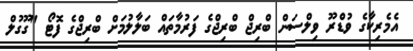
އެމެރިކާގެ ވުޑްެރޫ ވިލްސަން ބްރިޖް ބްރިޖްގެ ފަރުމާތައް ބަލާލުމަށް ބްރިޖްގެ ފޮޓޯ "ގޫގުލް